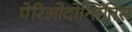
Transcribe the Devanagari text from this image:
पेरिओदोन्तितिस